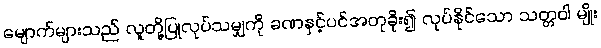
မျောက်များသည် လူတို့ပြုလုပ်သမျှကို ခဏနှင့်ပင်အတုခိုး၍ လုပ်နိုင်သော သတ္တဝါ မျိုး